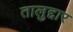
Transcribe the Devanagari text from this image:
तालुद्दार